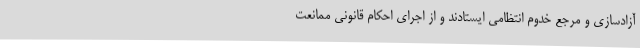
آزادسازی و مرجع خدوم انتظامی ایستادند و از اجرای احکام قانونی ممانعت